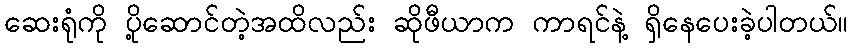
ဆေးရုံကို ပို့ဆောင်တဲ့အထိလည်း ဆိုဖီယာက ကာရင်နဲ့ ရှိနေပေးခဲ့ပါတယ်။